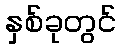
နှစ်ခုတွင်